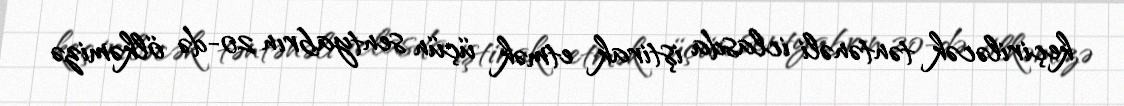
keçiriləcək təntənəli iclasda iştirak etmək üçün sentyabrın 20-də ölkəmizə